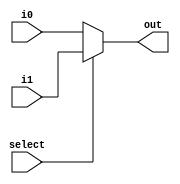
module Mux2to1 
	#(parameter W = 3) (i0, i1, select, out);
	
	input [W-1:0] i0, i1;
	input select;
	output [W-1:0] out;

	assign out = (select) ? i1 : i0;

endmodule